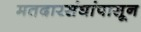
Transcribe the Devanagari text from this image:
मतदारसंघांपासून